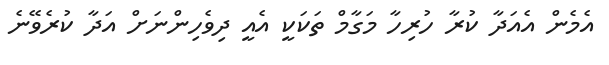
އެމެން އެެއަދާ ކުރާ ހުރިހާ މަގާމް ތަކަކީ އެއީ ދިވެހިންނަށް އަދާ ކުރެވޭނެ